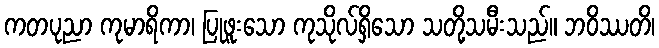
ကတပုညာ ကုမာရိကာ၊ ပြုဖူးသော ကုသိုလ်ရှိသော သတို့သမီးသည်။ ဘဝိဿတိ၊